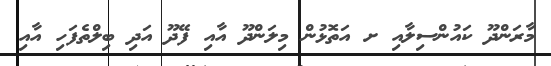
މާރަންދޫ ކައުންސިލާއި ށ އަތޮޅުން މިލަންދޫ އާއި ފޭދޫ އަދި ބިލްތެފަހި އާއި